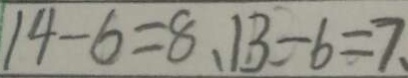
1 4 - 6 = 8 、 1 3 - 6 = 7 、